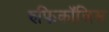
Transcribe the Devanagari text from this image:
रुफिकॉलिस